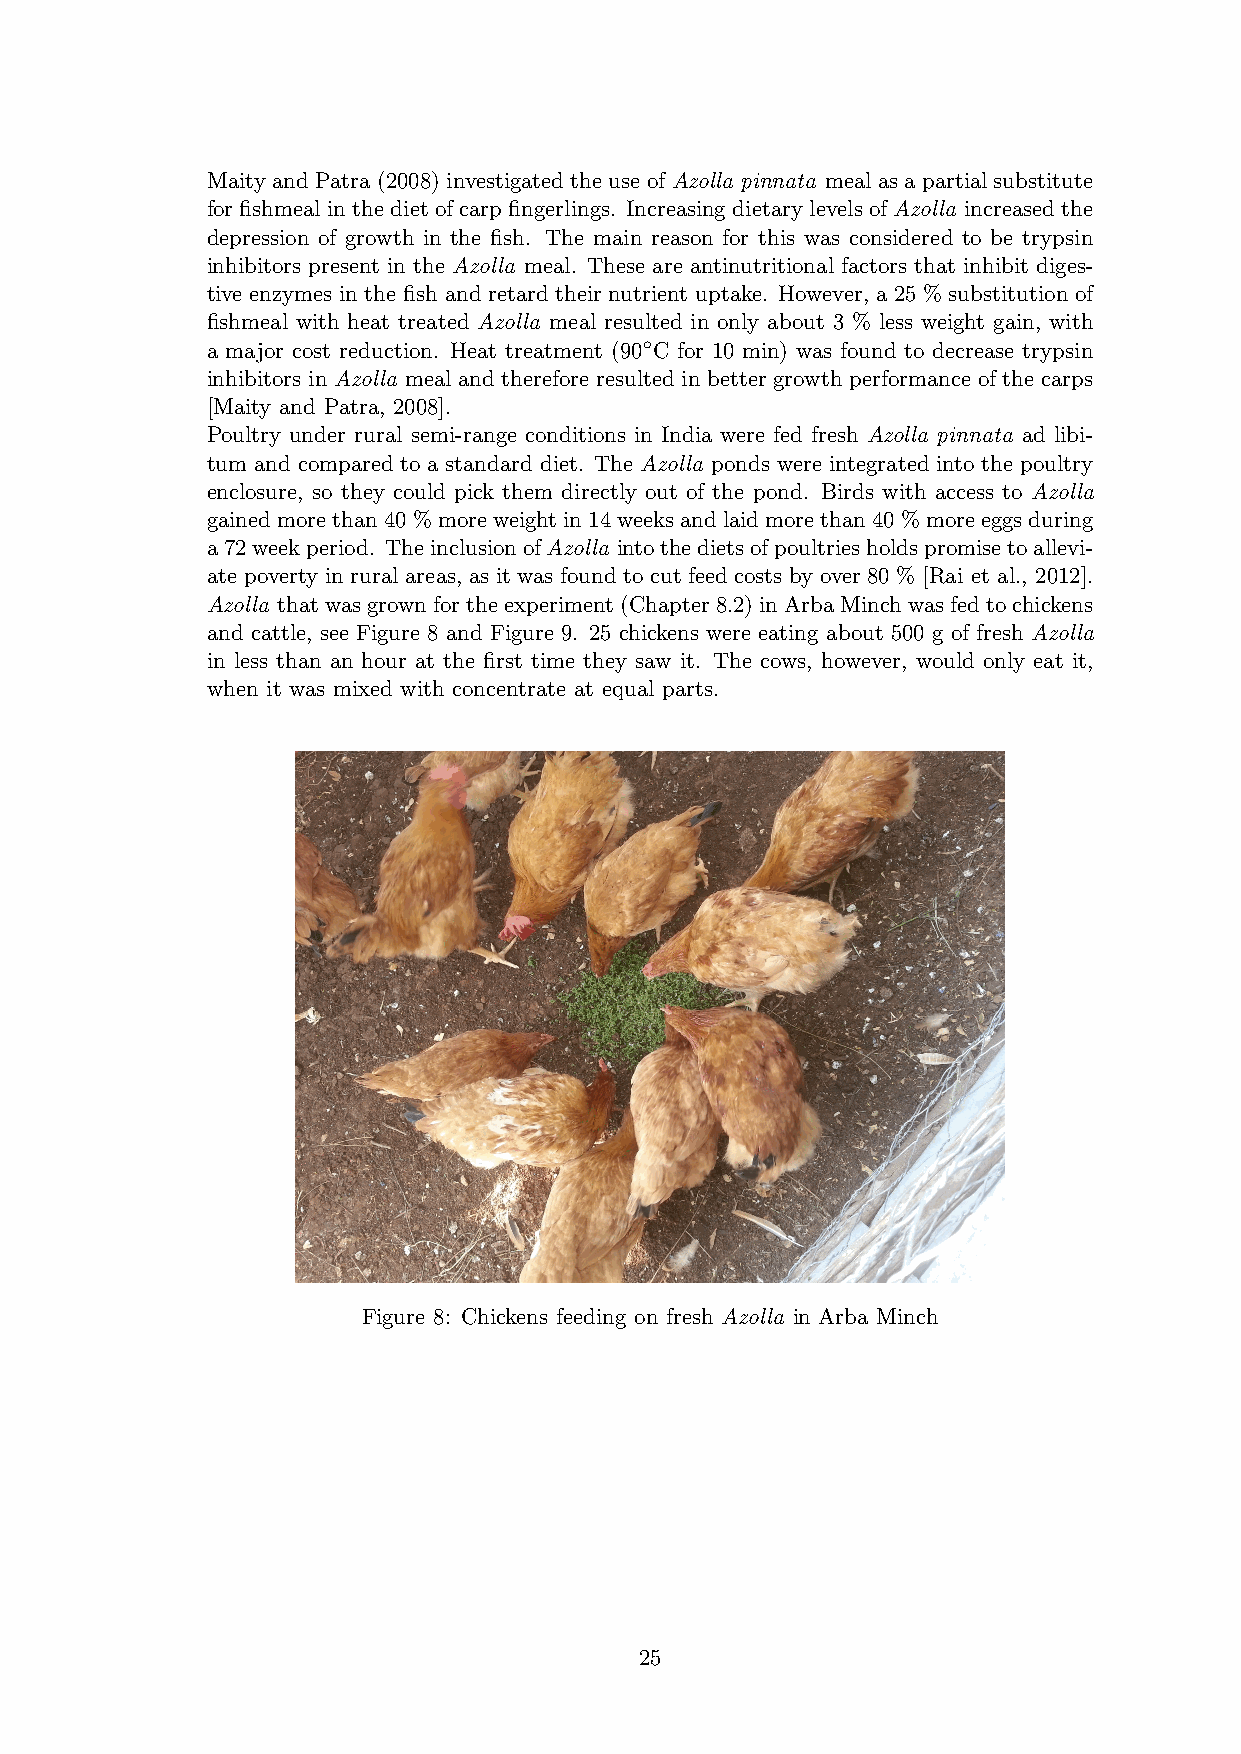
Maity and Patra (2008) investigated the use of Azolla pinnata meal as a partial substitute
 for fishmeal in the diet of carp fingerlings. Increasing dietary levels of Azolla increased the
 depression of growth in the fish. The main reason for this was considered to be trypsin
 inhibitors present in the Azolla meal. These are antinutritional factors that inhibit diges-
 tive enzymes in the fish and retard their nutrient uptake. However, a 25 % substitution of
 fishmeal with heat treated Azolla meal resulted in only about 3 % less weight gain, with
 ◦
 a major cost reduction. Heat treatment (90 C for 10 min) was found to decrease trypsin
 inhibitors in Azolla meal and therefore resulted in better growth performance of the carps
 [Maity and Patra, 2008].
 Poultry under rural semi-range conditions in India were fed fresh Azolla pinnata ad libi-
 tum and compared to a standard diet. The Azolla ponds were integrated into the poultry
 enclosure, so they could pick them directly out of the pond. Birds with access to Azolla
 gainedmorethan40%moreweightin14weeksandlaidmorethan40%moreeggsduring
 a72weekperiod. TheinclusionofAzolla intothedietsofpoultriesholdspromisetoallevi-
 ate poverty in rural areas, as it was found to cut feed costs by over 80 % [Rai et al., 2012].
 Azolla thatwasgrownfortheexperiment(Chapter8.2)inArbaMinchwasfedtochickens
 and cattle, see Figure 8 and Figure 9. 25 chickens were eating about 500 g of fresh Azolla
 in less than an hour at the first time they saw it. The cows, however, would only eat it,
 when it was mixed with concentrate at equal parts.
 Figure 8: Chickens feeding on fresh Azolla in Arba Minch
 25